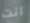
أنت